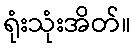
ရုံးသုံးအိတ်။